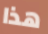
هذا